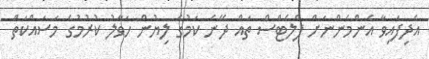
އެދިފައިވާ އެންމެންނަށް ފްލެޓްސް ތައް ދޭނެ ކަމުގެ ލިޔުން ހަވާލު ކުރުމުގެ މަސައްކަތް